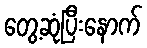
တွေ့ဆုံပြီးနောက်